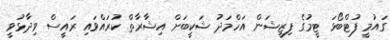
ގައުމީ ފުޓްބޯޅަ ޓީމުގެ ފިޒީޝަން އަހްމަދު ޝަކީބަށް އިޝާރާތް ކުރައްވައި ރައީސް ވިދާޅުވީ